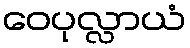
ဝေပုလ္လာယံ